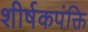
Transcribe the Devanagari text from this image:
शीर्षकपंक्ति